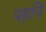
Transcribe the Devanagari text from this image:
पहनि